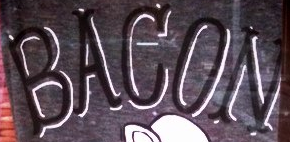
BAGON